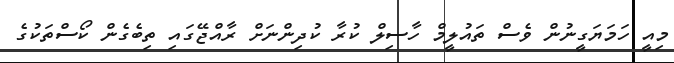
މިއީ ހަމަޔަގީނުން ވެސް ތައުލީމް ހާސިލް ކުރާ ކުދިންނަށް ރާއްޖޭގައި ތިބެގެން ކޯސްތަކުގެ